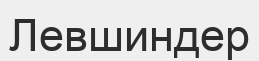
Левшиндер